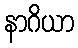
နာဂိယာ